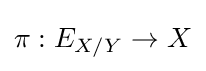
\pi :E_{X/Y}\to X